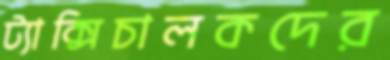
ট্যাক্সিচালকদের